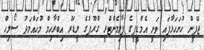
ޖޭޕީން ހުށަހަޅާފައި ވަނީ އެމްޑީޕީގެ ޕާލިމެންޓްރީ ގްރޫޕުގެ ލީޑަރު އިބްރާހިމް މުހައްމަދު ސޯލިހް